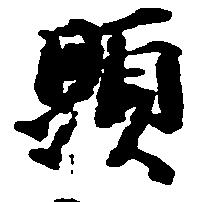
顕